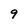
Character: 9